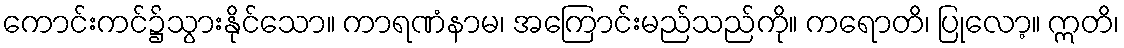
ကောင်းကင်၌သွားနိုင်သော။ ကာရဏံနာမ၊ အကြောင်းမည်သည်ကို။ ကရောတိ၊ ပြုလော့။ ဣတိ၊